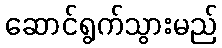
ဆောင်ရွက်သွားမည်